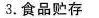
3.食品贮存